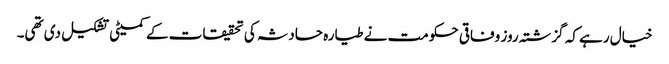
خیال رہے کہ گزشتہ روز وفاقی حکومت نے طیارہ حادثہ کی تحقیقات کے کمیٹی تشکیل دی تھی۔